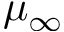
\mu _ { \infty }